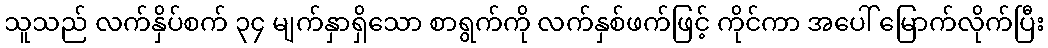
သူသည် လက်နှိပ်စက် ၃၄ မျက်နှာရှိသော စာရွက်ကို လက်နှစ်ဖက်ဖြင့် ကိုင်ကာ အပေါ် မြောက်လိုက်ပြီး